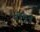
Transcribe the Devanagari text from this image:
नोंदून